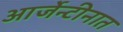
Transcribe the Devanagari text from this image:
आर्जेन्टीनात